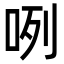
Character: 咧